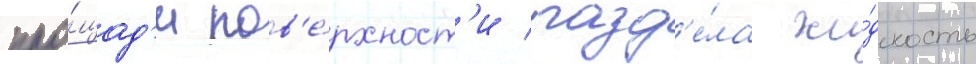
пло́щад'и пов'е́рхност'и разд'е́ла жи́дкость